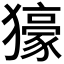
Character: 𤢭